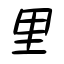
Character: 里